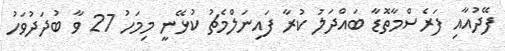
ފޭދުއާއި ފަރެސްމާތޮޑާ ބައްދަލު ކުރާ ފައިނަލްމެޗު ކުޅޭނީ މިމަހު 27 ވާ ބުދަދުވަހު